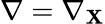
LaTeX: \nabla=\nabla_{\mathbf{X}}